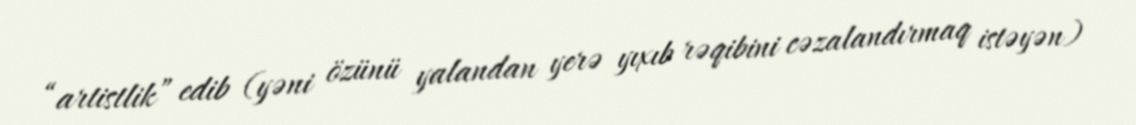
“artistlik” edib (yəni özünü yalandan yerə yıxıb rəqibini cəzalandırmaq istəyən)